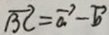
\overrightarrow { B C } = \overrightarrow { a } - \overrightarrow { b }